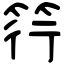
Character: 筕